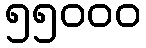
၅၅၀၀၀